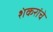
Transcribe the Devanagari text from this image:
शंकरांचे